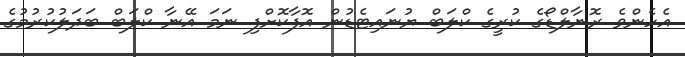
އެހެންވެ ރޮނާލްޑޯގެ ކުރީގެ ކްލަބް ޔުނައިޓެޑުން އޮފާކޮށްފި ނަމަ އޭނާ ކްލަބް ބަދަލުކުރުމުގެ